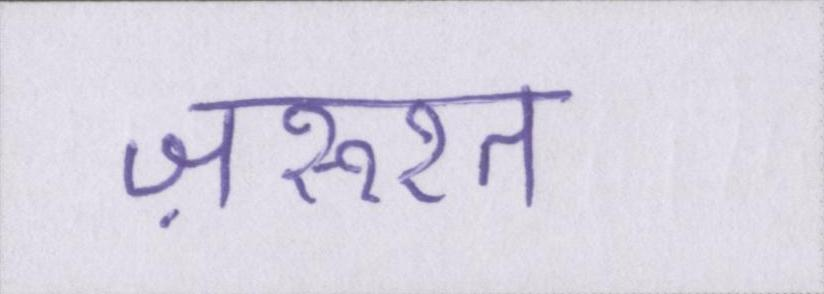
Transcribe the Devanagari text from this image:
ज़रूरत